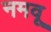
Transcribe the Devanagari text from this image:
नमवू